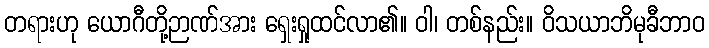
တရားဟု ယောဂီတို့ဉာဏ်အား ရှေးရှုထင်လာ၏။ ဝါ၊ တစ်နည်း။ ဝိသယာဘိမုခီဘာဝ